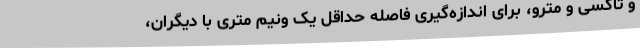
و تاکسی و مترو، برای اندازه‌گیری فاصله حداقل یک‌ ونیم متری با دیگران،